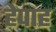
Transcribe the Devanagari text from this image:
हेपाह